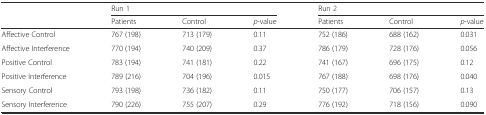
|  | <COLSPAN=3> Run 1 | <COLSPAN=3> Run 2 |
 |  | Patients | Control | p-value | Patients | Control | p-value |
 | --- | --- | --- | --- | --- | --- | --- |
 | Affective Control | 767 (198) | 713 (179) | 0.11 | 752 (186) | 688 (162) | 0.031 |
 | Affective Interference | 770 (194) | 740 (209) | 0.37 | 786 (179) | 728 (176) | 0.056 |
 | Positive Control | 783 (194) | 741 (181) | 0.22 | 741 (167) | 696 (175) | 0.12 |
 | Positive Interference | 789 (216) | 704 (196) | 0.015 | 767 (188) | 698 (176) | 0.040 |
 | Sensory Control | 793 (198) | 736 (182) | 0.11 | 750 (177) | 706 (157) | 0.13 |
 | Sensory Interference | 790 (226) | 755 (207) | 0.29 | 776 (192) | 718 (156) | 0.090 |